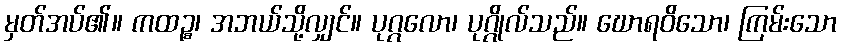
မှတ်အပ်၏။ ကထဉ္စ၊ အဘယ်သို့လျှင်။ ပုဂ္ဂလော၊ ပုဂ္ဂိုလ်သည်။ ဃောရဝိသော၊ ကြမ်းသော